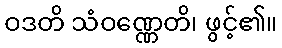
ဝဒတိ သံဝဏ္ဏေတိ၊ ဖွင့်၏။